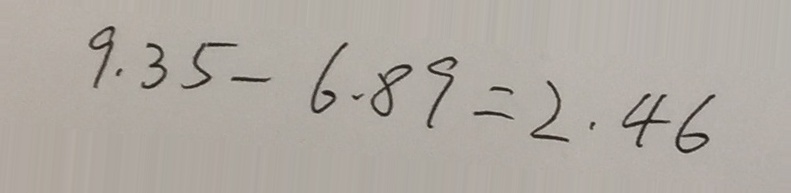
9 . 3 5 - 6 . 8 9 = 2 . 4 6